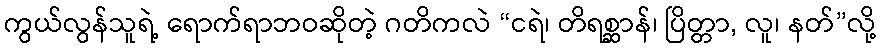
ကွယ်လွန်သူရဲ့ ရောက်ရာဘဝဆိုတဲ့ ဂတိကလဲ “ငရဲ၊ တိရစ္ဆာန်၊ ပြိတ္တာ, လူ၊ နတ်”လို့